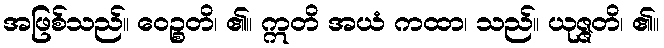
အဖြစ်သည်။ ဝေဉ္စတိ၊ ၏။ ဣတိ အယံ ကထာ၊ သည်။ ယုဇ္ဇတိ၊ ၏။